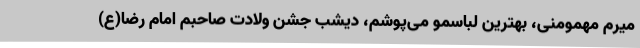
میرم مهمومنی، بهترین لباسمو می‌پوشم، دیشب جشن ولادت صاحبم امام رضا(ع)